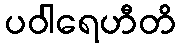
ပဝါရေဟီတိ